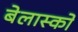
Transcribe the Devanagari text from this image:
बेलास्को